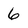
Character: 6